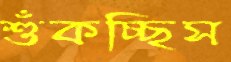
শুঁকচ্ছিস